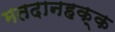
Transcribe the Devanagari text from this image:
मतदानहक्क